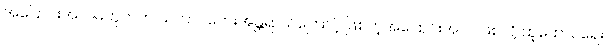
အပြောင်းအလဲမဟုတ်ဘဲ သဘာဝဘေးအန္တရာယ်ကြောင့် ဖြစ်တဲ့အပြောင်းအလဲ ဖြစ်လို့ ထူထောင်ရေး